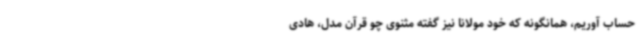
حساب آوریم، همانگونه که خود مولانا نیز گفته‌ مثنوی چو قرآن مدل، هادی